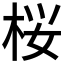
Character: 桜